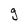
Character: g